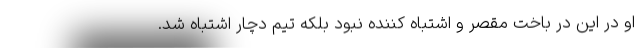
او در این در باخت مقصر و اشتباه کننده نبود بلکه تیم دچار اشتباه شد.